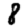
Digit: 8